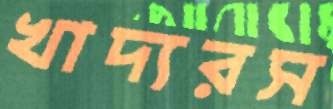
খাদ্যরস